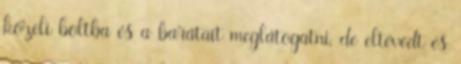
közeli boltba és a barátait meglátogatni, de eltévedt és